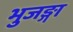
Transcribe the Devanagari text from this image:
भुजङ्गा